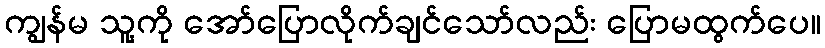
ကျွန်မ သူ့ကို အော်ပြောလိုက်ချင်သော်လည်း ပြောမထွက်ပေ။